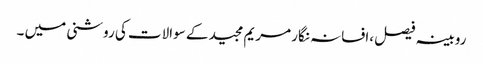
روبینہ فیصل ،افسانہ نگار مریم مجید کے سوالات کی روشنی میں ۔